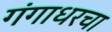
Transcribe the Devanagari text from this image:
गंगाधरचा